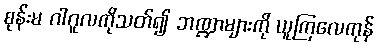
စုန်းမ ဂါဂူလကိုသတ်၍ ဘဏ္ဍာများကို ယူကြလေကုန်